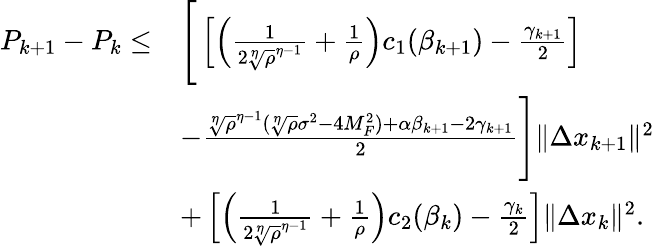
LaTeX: \begin{array}{rl}{P_{k+1}-P_{k}\leq}&{\Bigg[\left[\left(\frac{1}{2{\sqrt[\eta]{\rho}}^{\eta-1}}+\frac{1}{\rho}\right)c_{1}(\beta_{k+1})-\frac{\gamma_{k+1}}{2}\right]}\\ &{-\frac{{\sqrt[\eta]{\rho}}^{\eta-1}({\sqrt[\eta]{\rho}}\sigma^{2}-4M_{F}^{2})+{\alpha}\beta_{k+1}-2\gamma_{k+1}}{2}\Bigg]\| \Delta x_{k+1}\| ^{2}}\\ &{+\left[\left(\frac{1}{2{\sqrt[\eta]{\rho}}^{\eta-1}}+\frac{1}{\rho}\right)c_{2}(\beta_{k})-\frac{\gamma_{k}}{2}\right]\| \Delta x_{k}\| ^{2}.}\end{array}